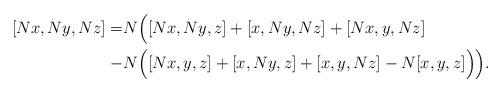
LaTeX: \begin{align*}[Nx,Ny,Nz]=& N\Big([Nx,Ny,z]+[x,Ny,Nz]+[Nx,y,Nz] \\-& N\Big([Nx,y,z]+[x,Ny,z]+[x,y,Nz] -N [x,y,z]\Big)\Big).\end{align*}